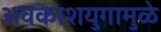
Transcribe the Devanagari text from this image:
अवकाशयुगामुळे